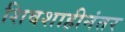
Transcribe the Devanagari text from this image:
शिवशाहीनंतर